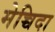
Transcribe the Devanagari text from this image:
मेच्चिदा